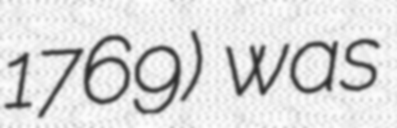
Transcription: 1769) was